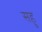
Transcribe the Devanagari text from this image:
सहु